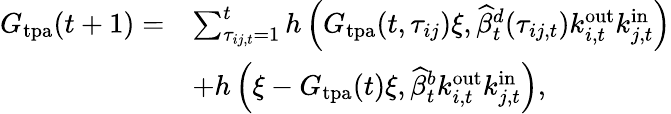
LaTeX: \begin{array}{rl}{G_{\mathrm{tpa}}(t+1)=}&{\sum_{\tau_{ij,t}=1}^{t}h\left(G_{\mathrm{tpa}}(t,\tau_{ij})\xi,\widehat{\beta}_{t}^{d}(\tau_{ij,t})k_{i,t}^{\mathrm{out}}k_{j,t}^{\mathrm{in}}\right)}\\ &{+h\left(\xi-G_{\mathrm{tpa}}(t)\xi,\widehat{\beta}_{t}^{b}k_{i,t}^{\mathrm{out}}k_{j,t}^{\mathrm{in}}\right),}\end{array}